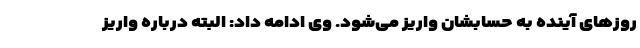
روزهای آینده به حسابشان واریز می‌شود. وی ادامه داد: البته درباره واریز